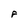
Character: F